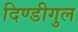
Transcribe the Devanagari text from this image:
दिण्डीगुल